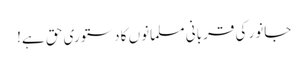
جانور کی قربانی مسلمانوں کا دستوری حق ہے!